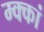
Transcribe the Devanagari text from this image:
म्क्कां